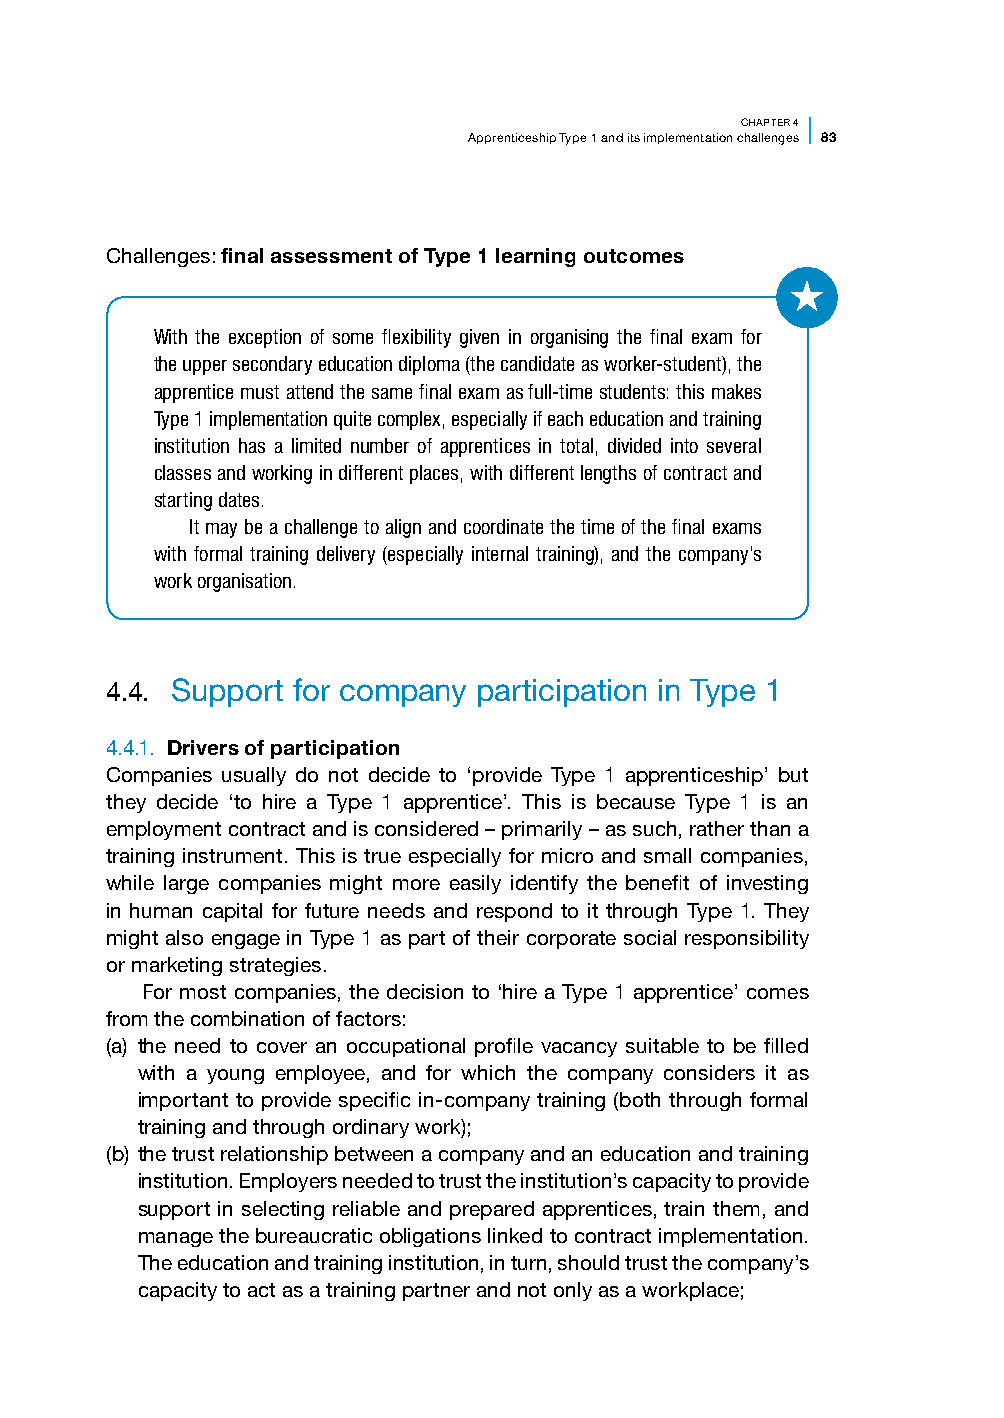
CHAPTER 4
 Apprenticeship Type 1 and its implementation challenges 83
 Challenges: final assessment of Type 1 learning outcomes
 With the exception of some flexibility given in organising the final exam for
 the upper secondary education diploma (the candidate as worker-student), the
 apprentice must attend the same final exam as full-time students: this makes
 Type 1 implementation quite complex, especially if each education and training
 institution has a limited number of apprentices in total, divided into several
 classes and working in different places, with different lengths of contract and
 starting dates.
 It may be a challenge to align and coordinate the time of the final exams
 with formal training delivery (especially internal training), and the company’s
 work organisation.
 4.4. Support for company participation in Type 1
 4.4.1. Drivers of participation
 Companies usually do not decide to ‘provide Type 1 apprenticeship’ but
 they decide ‘to hire a Type 1 apprentice’. This is because Type 1 is an
 employment contract and is considered – primarily – as such, rather than a
 training instrument. This is true especially for micro and small companies,
 while large companies might more easily identify the benefit of investing
 in human capital for future needs and respond to it through Type 1. They
 might also engage in Type 1 as part of their corporate social responsibility
 or marketing strategies.
 For most companies, the decision to ‘hire a Type 1 apprentice’ comes
 from the combination of factors:
 (a) the need to cover an occupational profile vacancy suitable to be filled
 with a young employee, and for which the company considers it as
 important to provide specific in-company training (both through formal
 training and through ordinary work);
 (b) the trust relationship between a company and an education and training
 institution. Employers needed to trust the institution’s capacity to provide
 support in selecting reliable and prepared apprentices, train them, and
 manage the bureaucratic obligations linked to contract implementation.
 The education and training institution, in turn, should trust the company’s
 capacity to act as a training partner and not only as a workplace;